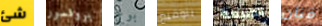
شئ بروفسور بونج بتوقيع للطبيعة فنان